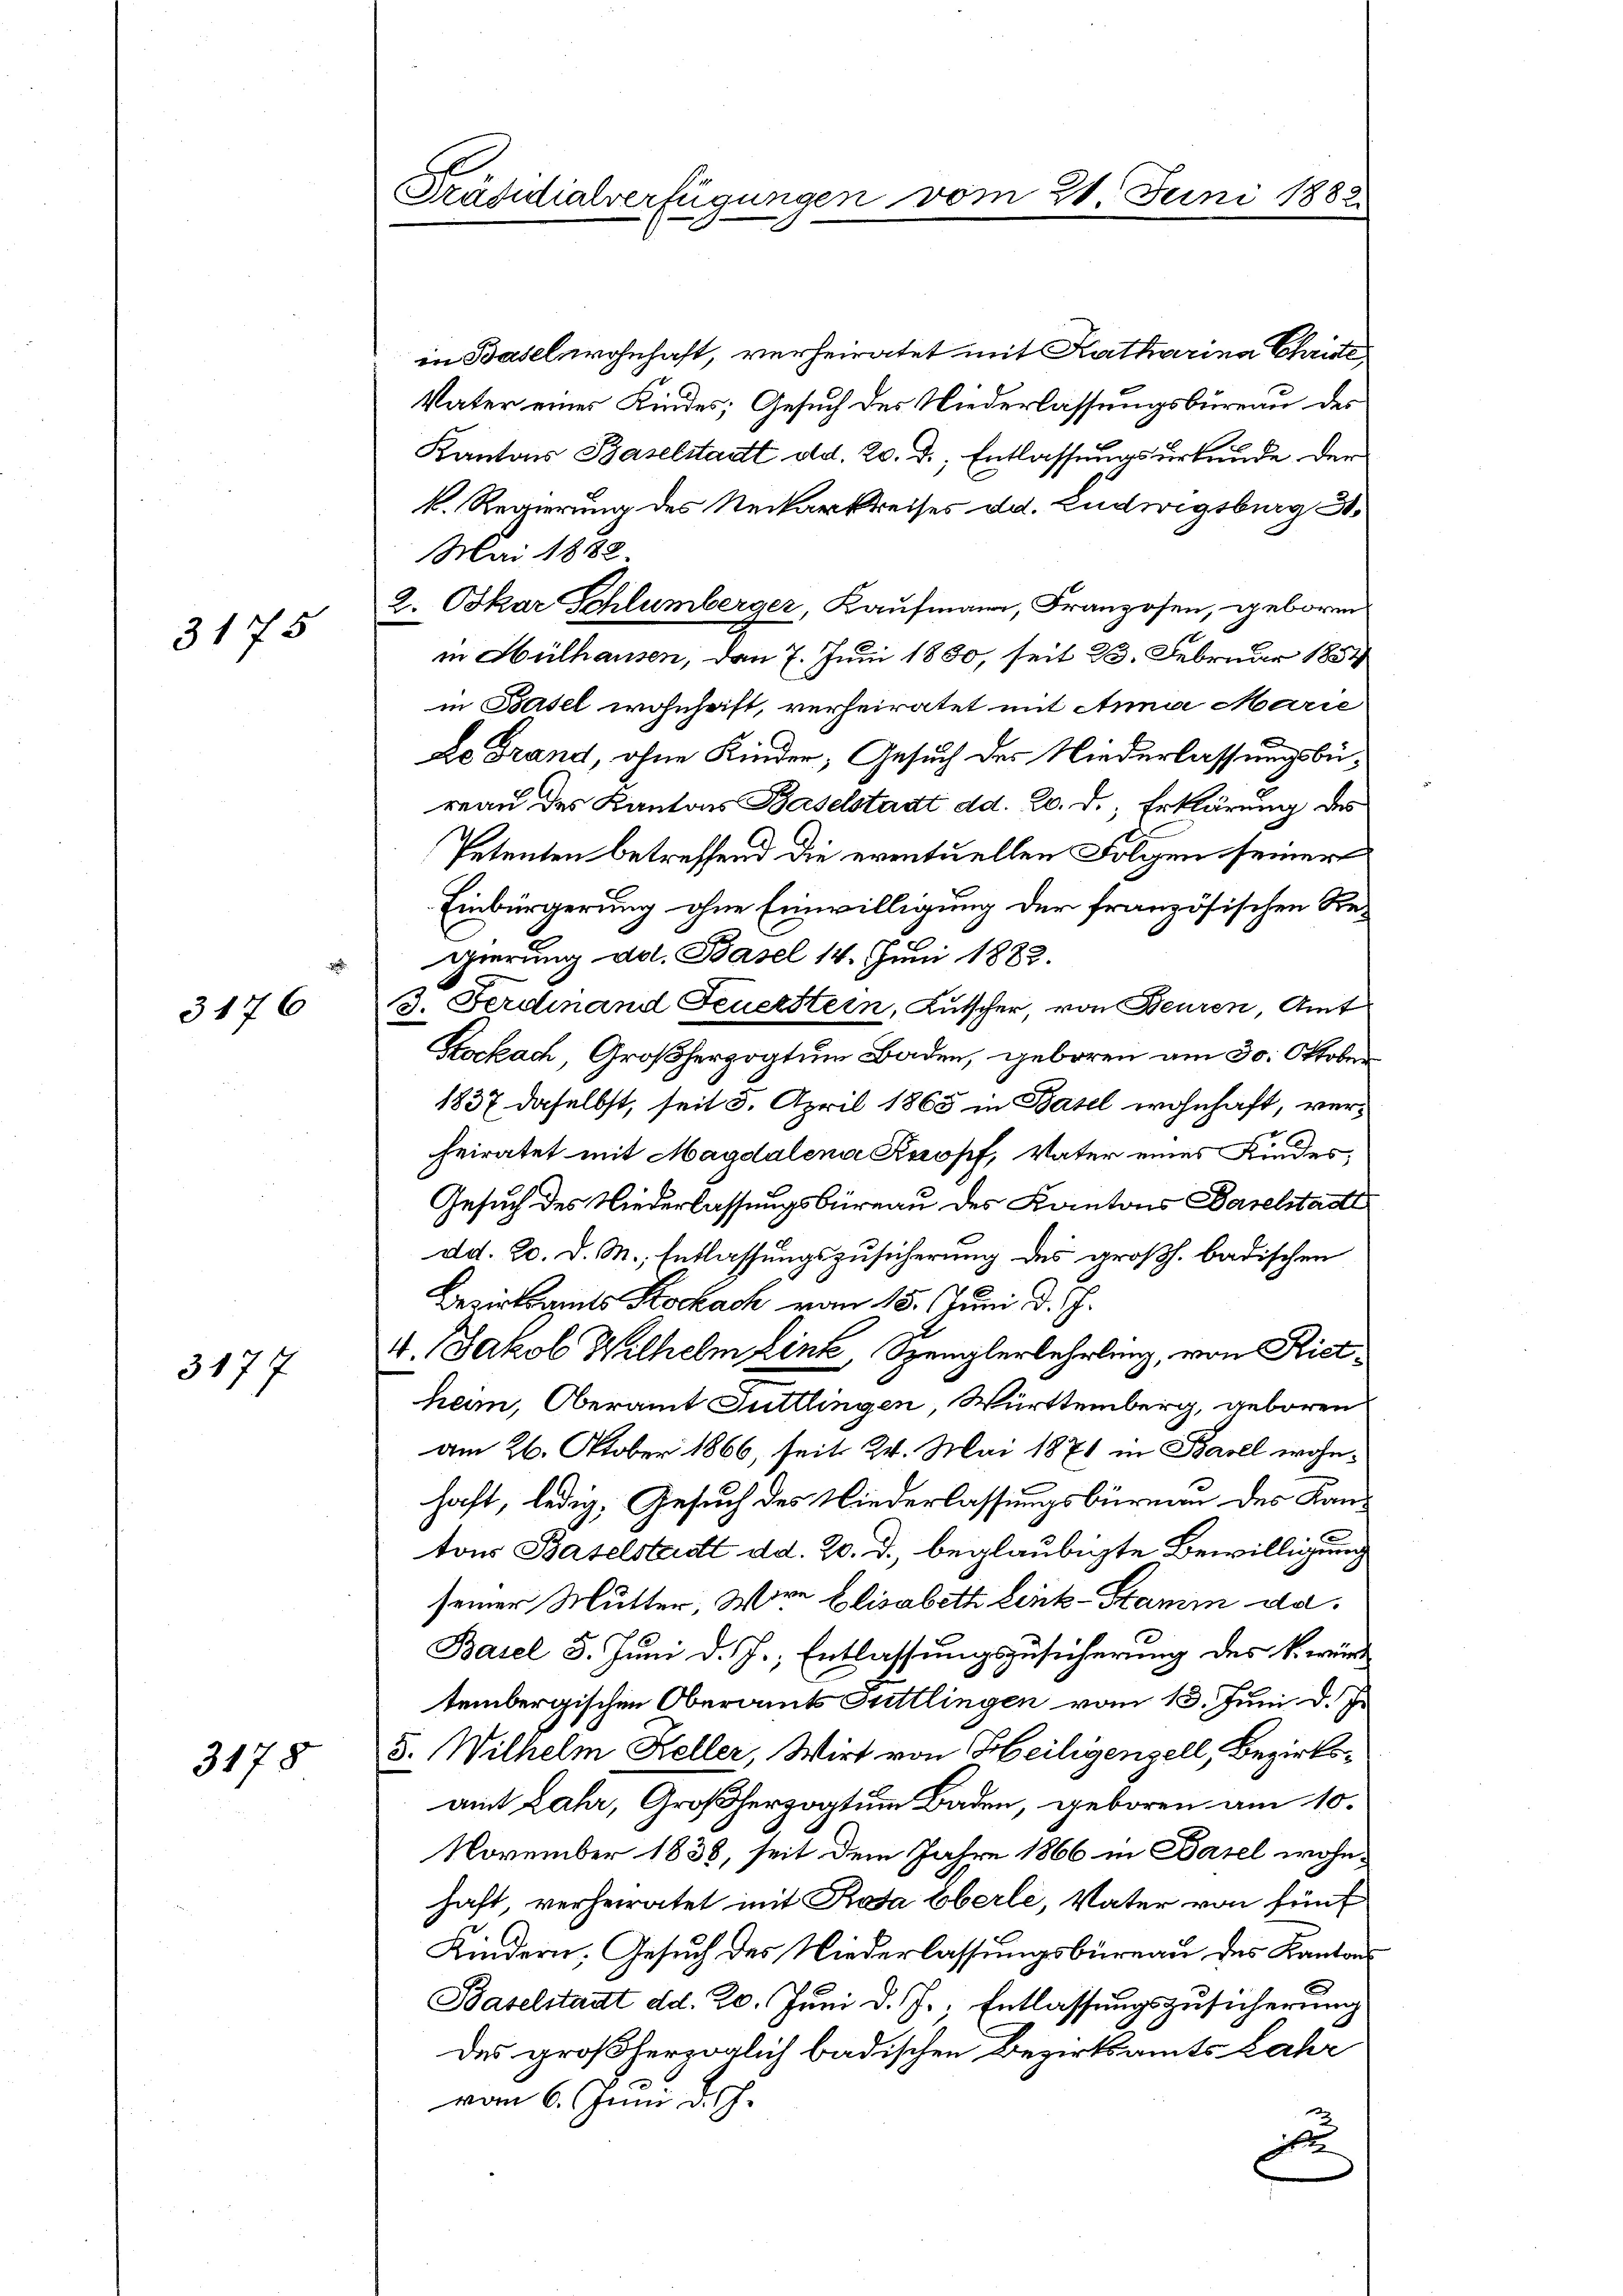
3175

3176

3177

3178

.

Präsidialverfügungen vom 21. Juni 1882

in Basel wohnhaft, verheiratet mit Katharina Christe
Vater eines Kindes; Gesuch der Niederlassungsbüreau des
Kantons Baselstadt od. 20. d. Entlassungsurkunde der
k. Regierung des Neckarkreises dd. Ludwigsburg 3.
Mai 1882
2. Oskar Schlumberger, Kaufmann, Franzosen, geboren
in Hülhausen, den 7. Juni 1880, seit 23. Februar 1884
in Basel wohnhaft, verheiratet mit Anna Marie
Le Trand, ohne Kinder, Gesuch der Niederlassungsbüreau des Kantons Baselstadt dd. 20. d. Erklärung des
Petenten betreffend die eventuellen Folgen seiner
Einbürgerung ohne Einwilligung der französischen Re-
gierung des. Basel 14. Juni 1882.
3. Ferdinand Feuerstern, Kutscher, von Feuren, Amt
Kockach, Großherzogtum Baden, geboren am 30. Oktober
1837 daselbst, seit 5. April 1865 in Basel wohnhaft, ver¬
2
heiratet mit Magdalena Kropf, Vater eines Kindes;
Gesuch des Niederlassungsbüreau des Kantons Baselstadtl
dd. 20. d. M., Entlassungszusicherung des großh. badischen
Bezirksamts Kockach vom 15. Juni d. J.
4. Jakob Wilhelm link, Spenglerlehrlung, von Ristheim, Oberamt Tuttlingen, Württemberg, geboren
am 26. Oktober 1866, seit 24. Mai 1871 in Basel wohnhaft, ledig, Gesuch des Niederlassungsbüreau des Kantons Baselstadt dd. 20. d., beglaubigte Bewilligung
seiner Mutter, Wire Elisabeth Link-Stamm da
Basel 3. Juni d. J., Entlassungszusicherung des k. würde
tembergischen Oberamts Tuttlingen vom 13. Juni d. J.
5. Wilhelm Keller, Wirt von Heiligenzell, Bezirksamt Lahr, Großherzogtum Baden, geboren am 10.
November 1838, seit dem Jahre 1866 in Basel wohnhaft, verheiratet mit Rata Eberle, Vater von fünf
Kindern. Gesuch des Niederlassungsbüreau des Kantons
Baselstatt dd. 20. Juni d. J., Entlassungszusicherung
des großherzoglich badischen Bezirksamts Jahr
vom 6. Juni d. J.
e